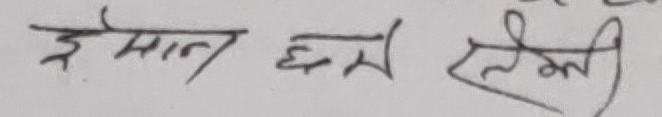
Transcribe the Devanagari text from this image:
ईमान छेत्री